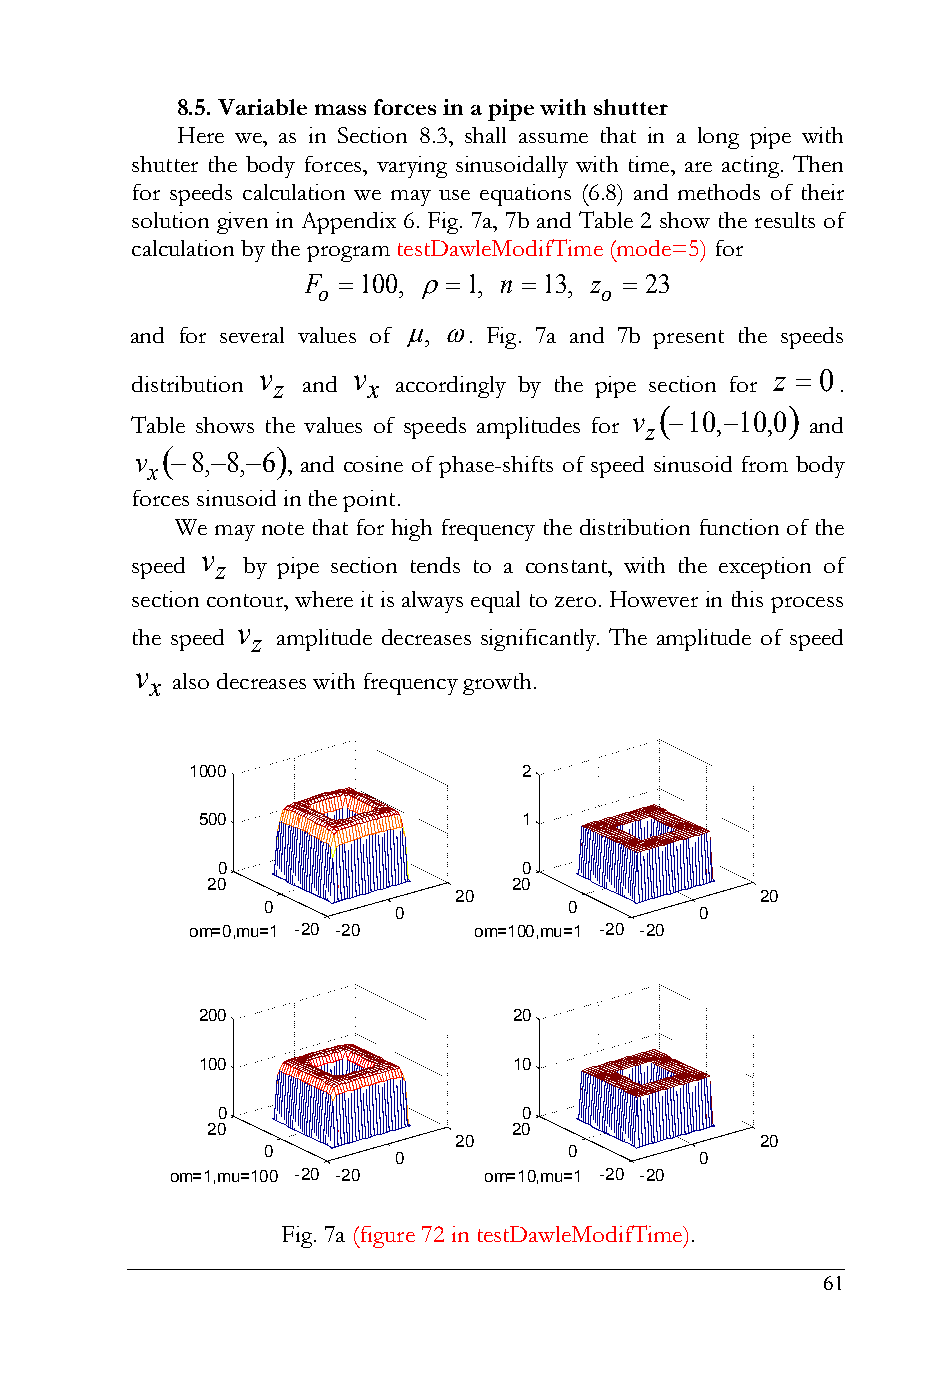
8.5. Variable mass forces in a pipe with shutter
 Here we, as in Section 8.3, shall assume that in a long pipe with
 shutter the body forces, varying sinusoidally with time, are acting. Then
 for speeds calculation we may use equations (6.8) and methods of their
 solution given in Appendix 6. Fig. 7а, 7b and Table 2 show the results of
 calculation by the program testDawleModifTime (mode=5) for
 F 100, 1, n 13, z  23
 o                  o
 and for several values of , . Fig. 7а and 7b present the speeds
 v     v                           z  0
 distribution z and x accordingly by the pipe section for .
        
 Table shows the values of speeds amplitudes for v z 10,10,0 and
       
 v x 8,8,6 , and cosine of phase-shifts of speed sinusoid from body
 forces sinusoid in the point.
 We may note that for high frequency the distribution function of the
 v
 speed z by pipe section tends to a constant, with the exception of
 section contour, where it is always equal to zero. However in this process
 v
 the speed z amplitude decreases significantly. The amplitude of speed
 v
 x also decreases with frequency growth.
 1000                  2
 500                   1
 0                    0
 20                  20
 20                  20
 0                    0
 0                   0
 om=0,mu=1 -20 -20 om=100,mu=1 -20 -20
 200                  20
 100                  10
 0                    0
 20                  20
 20                  20
 0                    0
 0                   0
 om=1,mu=100 -20 -20  om=10,mu=1 -20 -20
 Fig. 7а (figure 72 in testDawleModifTime).
 61